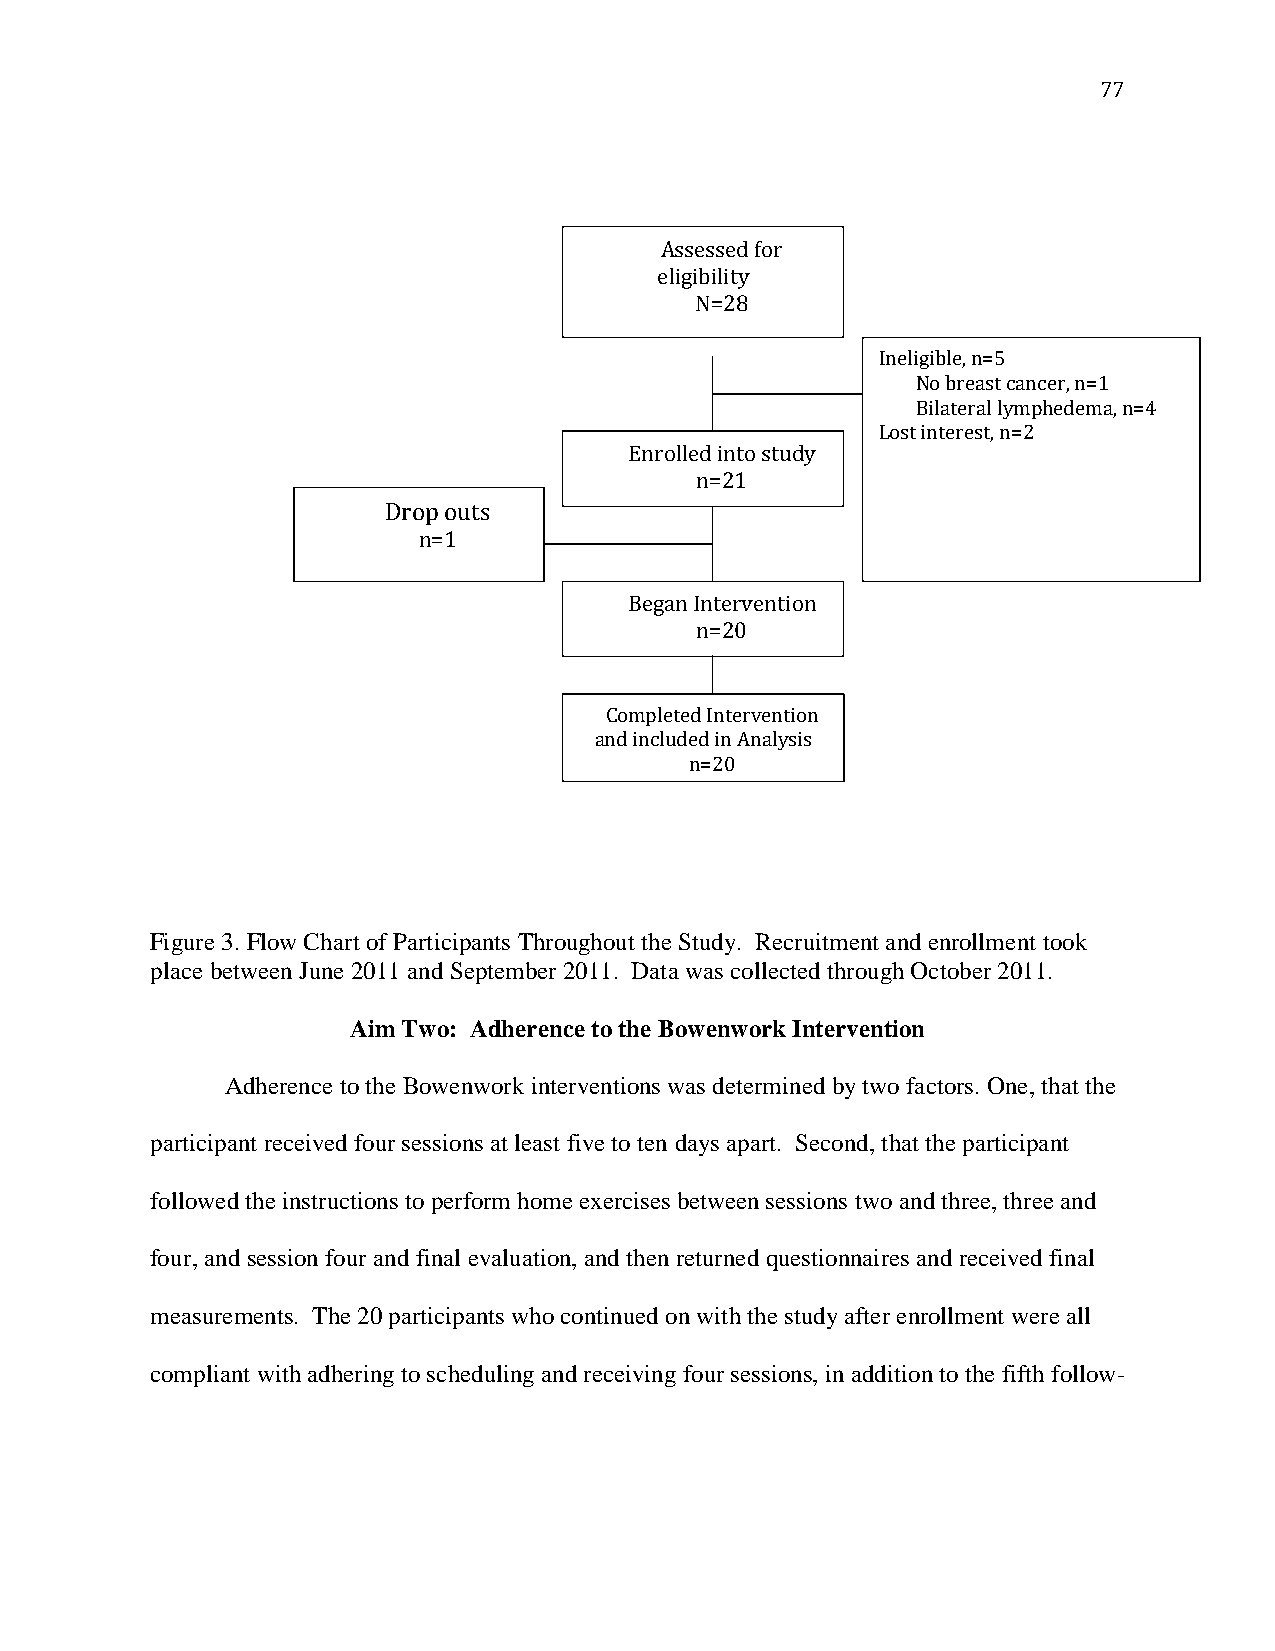
77
 Assessed for
 eligibility
 N=28
 Ineligible, n=5
 No breast cancer, n=1
 Bilateral lymphedema, n=4
 Lost interest, n=2
 Enrolled into study
 n=21
 Drop outs
 n=1
 Began Intervention
 n=20
 Completed Intervention
 and included in Analysis
 n=20
 Figure 3. Flow Chart of Participants Throughout the Study. Recruitment and enrollment took
 place between June 2011 and September 2011. Data was collected through October 2011.
 Aim Two: Adherence to the Bowenwork Intervention
 Adherence to the Bowenwork interventions was determined by two factors. One, that the
 participant received four sessions at least five to ten days apart. Second, that the participant
 followed the instructions to perform home exercises between sessions two and three, three and
 four, and session four and final evaluation, and then returned questionnaires and received final
 measurements. The 20 participants who continued on with the study after enrollment were all
 compliant with adhering to scheduling and receiving four sessions, in addition to the fifth follow-